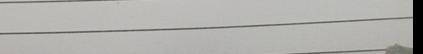
Signature authenticity: genuine